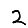
Digit: 2